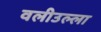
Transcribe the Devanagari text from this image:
वलीउल्ला